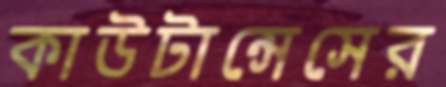
কাউটান্সেসের